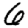
Digit: 6